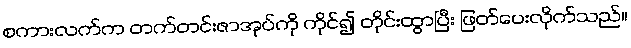
စကားလက်က တက်တင်းဇာအုပ်ကို ကိုင်၍ တိုင်းထွာပြီး ဖြတ်ပေးလိုက်သည်။